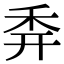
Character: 𥝯